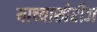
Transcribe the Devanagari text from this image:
याच्याखेरीज